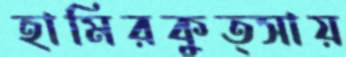
হামিরকুত্সায়